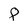
Character: 8